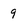
Character: 9